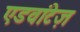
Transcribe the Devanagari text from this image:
एडवांटेज़